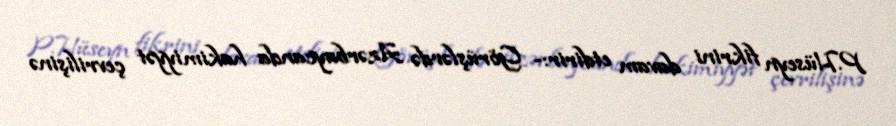
P.Hüseyn fikrini davam etdirir:- Görüşlərdə Azərbaycanda hakimiyyət çevrilişinə